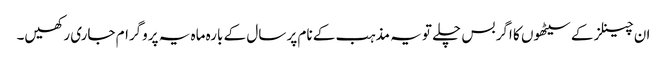
ان چینلز کے سیٹھوں کا اگر بس چلے تو یہ مذہب کے نام پر سال کے بارہ ماہ یہ پروگرام جاری رکھیں۔